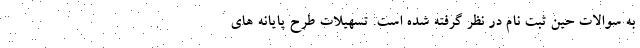
به سوالات حین ثبت نام در نظر گرفته شده است. تسهیلات طرح پایانه های